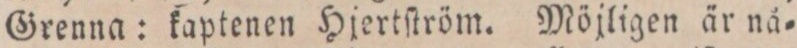
Grenna: kaptenen Hjertſtröm. Möjligen är nå=